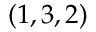
( 1 , 3 , 2 )